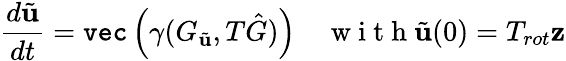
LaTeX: \frac{d\tilde{\mathbf{u}}}{dt}=\texttt{vec}\left(\gamma(G_{\tilde{\mathbf{u}}},T\hat{G})\right)\quad\mathrm{~w~i~t~h~}\tilde{\mathbf{u}}(0)=T_{rot}\mathbf{z}